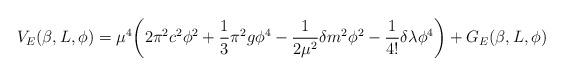
LaTeX: \begin{align*}V_{E}(\beta,L,\phi)=\mu^{4}\biggl(2\pi^{2}c^{2}\phi^{2}+\frac{1}{3}\pi^{2}g\phi^{4}-\frac{1}{2\mu^{2}}\delta m^{2}\phi^{2}-\frac{1}{4!}\delta\lambda\phi^{4}\biggr)+G_{E}(\beta,L,\phi)\end{align*}